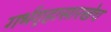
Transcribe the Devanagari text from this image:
गर्भगृहासारखेच